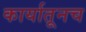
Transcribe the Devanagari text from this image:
कार्यातूनच